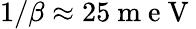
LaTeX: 1/\beta\approx 25\mathrm{~m~e~V~}